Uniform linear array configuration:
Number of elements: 12
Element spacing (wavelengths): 1
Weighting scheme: hamming
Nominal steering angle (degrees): -60
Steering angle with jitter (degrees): -59.817
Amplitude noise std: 0.05
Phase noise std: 0.05

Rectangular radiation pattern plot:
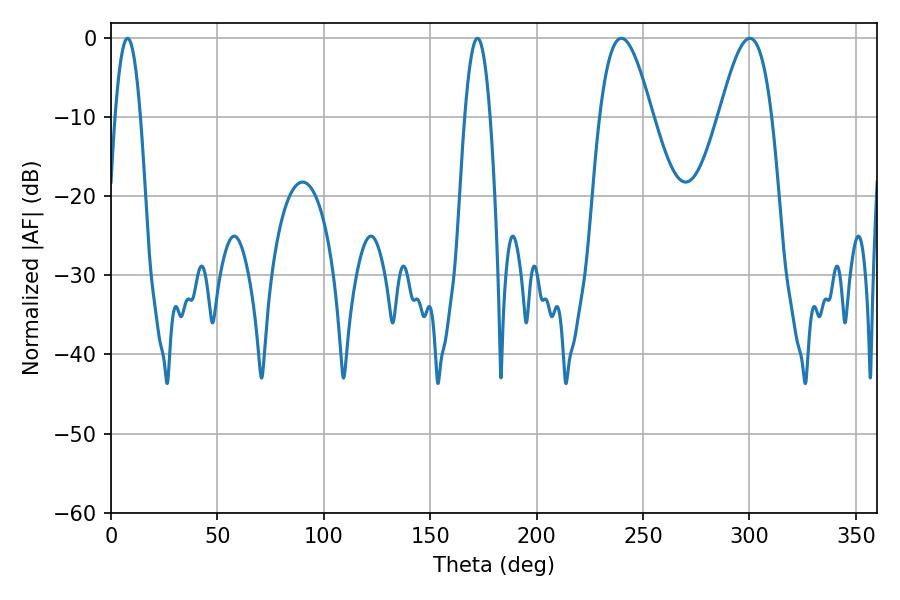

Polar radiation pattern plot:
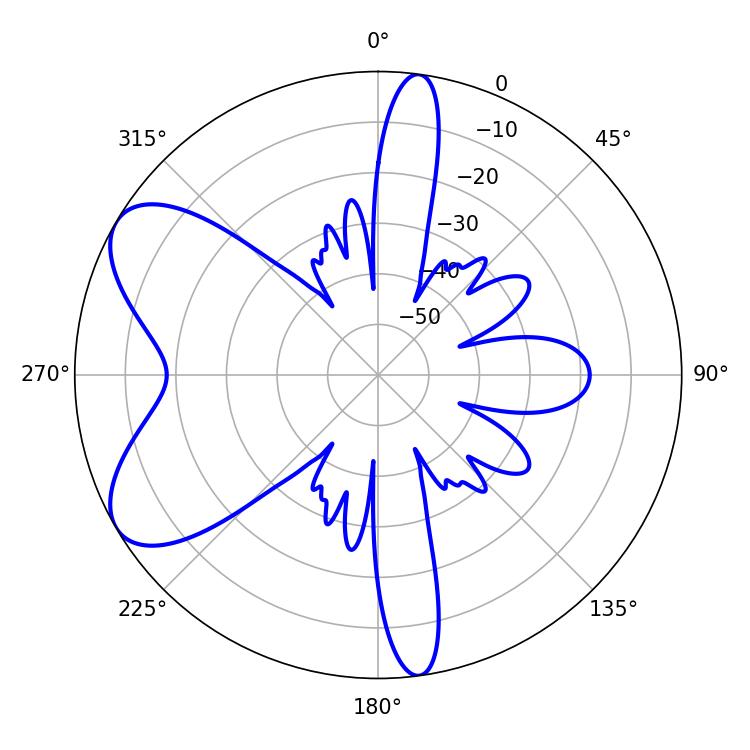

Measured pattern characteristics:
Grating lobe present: TRUE
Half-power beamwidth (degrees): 13.32
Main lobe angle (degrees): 239.76